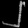
Digit: ၂